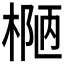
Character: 𰘄